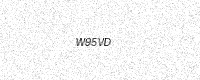
Text: W95VD